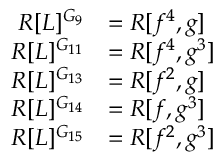
\begin{array} { r l } { R [ L ] ^ { G _ { 9 } } } & { = R [ f ^ { 4 } , g ] } \\ { R [ L ] ^ { G _ { 1 1 } } } & { = R [ f ^ { 4 } , g ^ { 3 } ] } \\ { R [ L ] ^ { G _ { 1 3 } } } & { = R [ f ^ { 2 } , g ] } \\ { R [ L ] ^ { G _ { 1 4 } } } & { = R [ f , g ^ { 3 } ] } \\ { R [ L ] ^ { G _ { 1 5 } } } & { = R [ f ^ { 2 } , g ^ { 3 } ] } \end{array}